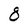
Character: 8